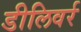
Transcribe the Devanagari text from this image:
डीलिवर्र